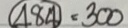
484 = 300